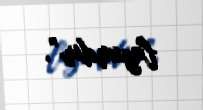
lazımdır”.